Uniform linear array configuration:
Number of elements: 24
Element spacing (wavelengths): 1
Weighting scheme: binomial
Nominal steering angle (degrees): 45
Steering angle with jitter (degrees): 46.556
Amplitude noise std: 0.05
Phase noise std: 0.05

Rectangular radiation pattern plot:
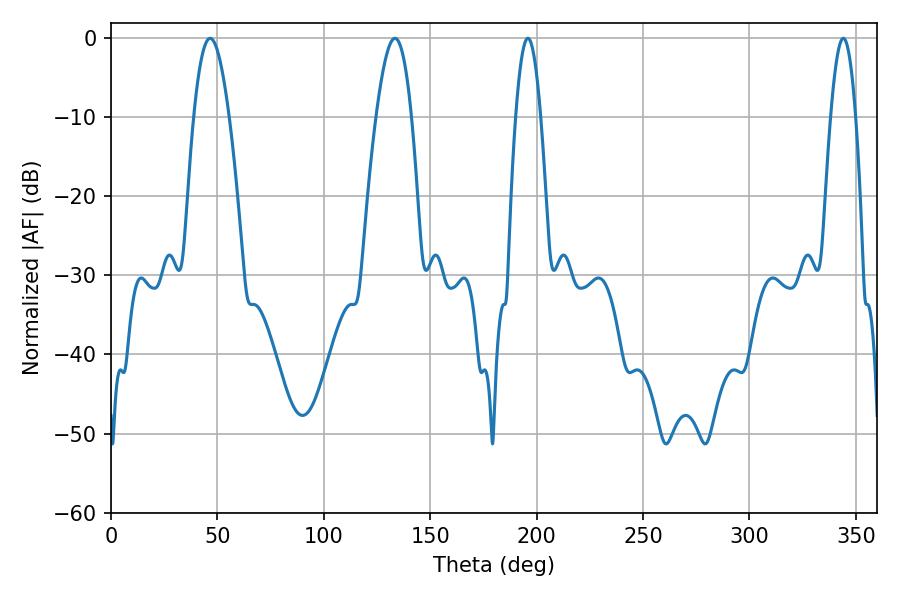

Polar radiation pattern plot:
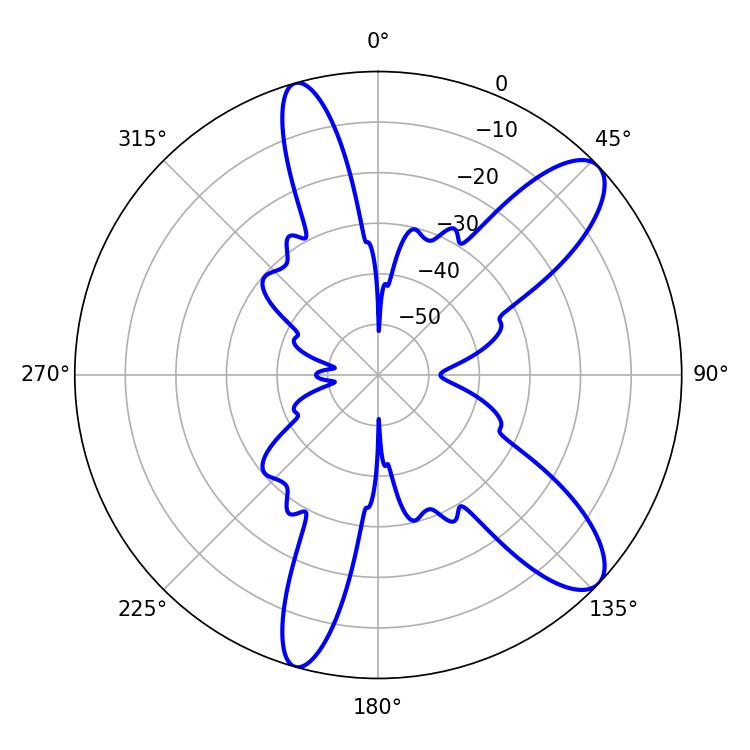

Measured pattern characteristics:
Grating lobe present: TRUE
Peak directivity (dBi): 10.403
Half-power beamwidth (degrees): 9
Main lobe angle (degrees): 46.62